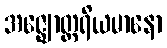
အဇ္ဈောတ္ထရိယမာနော